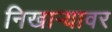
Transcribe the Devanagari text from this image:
निखाऱ्यावर